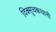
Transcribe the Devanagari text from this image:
दिक्सूचकधानी